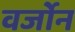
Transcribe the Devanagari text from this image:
वर्जोन